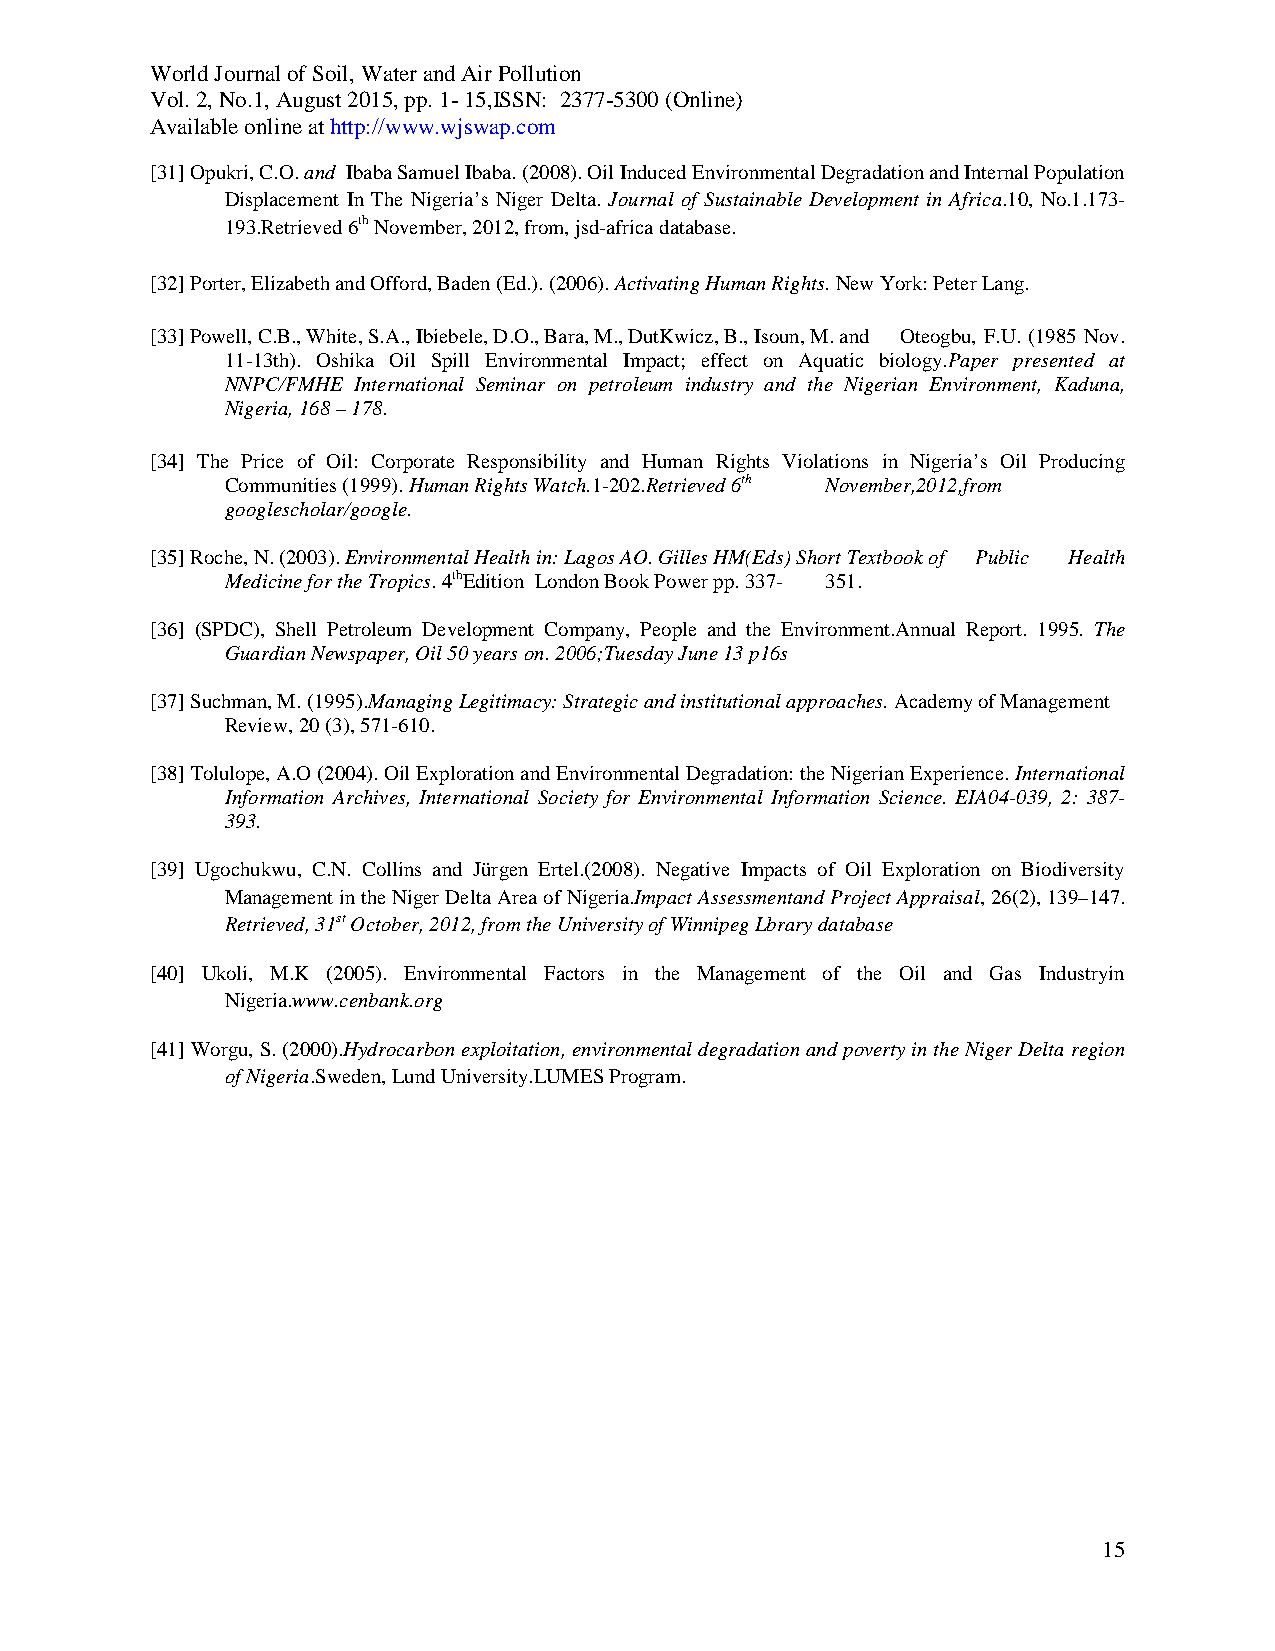
World Journal of Soil, Water and Air Pollution
 Vol. 2, No.1, August 2015, pp. 1- 15,ISSN: 2377-5300 (Online)
 Available online at http://www.wjswap.com
 [31] Opukri, C.O. and Ibaba Samuel Ibaba. (2008). Oil Induced Environmental Degradation and Internal Population
 Displacement In The Nigeria’s Niger Delta. Journal of Sustainable Development in Africa.10, No.1.173-
 193.Retrieved 6th November, 2012, from, jsd-africa database.
 [32] Porter, Elizabeth and Offord, Baden (Ed.). (2006). Activating Human Rights. New York: Peter Lang.
 [33] Powell, C.B., White, S.A., Ibiebele, D.O., Bara, M., DutKwicz, B., Isoun, M. and Oteogbu, F.U. (1985 Nov.
 11-13th). Oshika Oil Spill Environmental Impact; effect on Aquatic biology.Paper presented at
 NNPC/FMHE International Seminar on petroleum industry and the Nigerian Environment, Kaduna,
 Nigeria, 168 – 178.
 [34] The Price of Oil: Corporate Responsibility and Human Rights Violations in Nigeria’s Oil Producing
 Communities (1999). Human Rights Watch.1-202.Retrieved 6th November,2012,from
 googlescholar/google.
 [35] Roche, N. (2003). Environmental Health in: Lagos AO. Gilles HM(Eds) Short Textbook of Public Health
 Medicine for the Tropics. 4thEdition London Book Power pp. 337- 351.
 [36] (SPDC), Shell Petroleum Development Company, People and the Environment.Annual Report. 1995. The
 Guardian Newspaper, Oil 50 years on. 2006;Tuesday June 13 p16s
 [37] Suchman, M. (1995).Managing Legitimacy: Strategic and institutional approaches. Academy of Management
 Review, 20 (3), 571-610.
 [38] Tolulope, A.O (2004). Oil Exploration and Environmental Degradation: the Nigerian Experience. International
 Information Archives, International Society for Environmental Information Science. EIA04-039, 2: 387-
 393.
 [39] Ugochukwu, C.N. Collins and Jürgen Ertel.(2008). Negative Impacts of Oil Exploration on Biodiversity
 Management in the Niger Delta Area of Nigeria.Impact Assessmentand Project Appraisal, 26(2), 139–147.
 Retrieved, 31st October, 2012, from the University of Winnipeg Lbrary database
 [40] Ukoli, M.K (2005). Environmental Factors in the Management of the Oil and Gas Industryin
 Nigeria.www.cenbank.org
 [41] Worgu, S. (2000).Hydrocarbon exploitation, environmental degradation and poverty in the Niger Delta region
 of Nigeria.Sweden, Lund University.LUMES Program.
 15